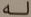
له